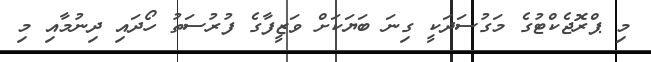
މި ޕްރޮޖެކްޓުގެ މަގުސަދަކީ ގިނަ ބަޔަކަށް ވަޒީފާގެ ފުުރުސަތު ހޯދައި ދިނުމާއި މި